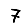
Digit: 7